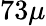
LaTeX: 73\mu